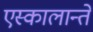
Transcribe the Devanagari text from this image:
एस्कालान्ते